Jaan_Tonisson_(Lasteleht), lk 203
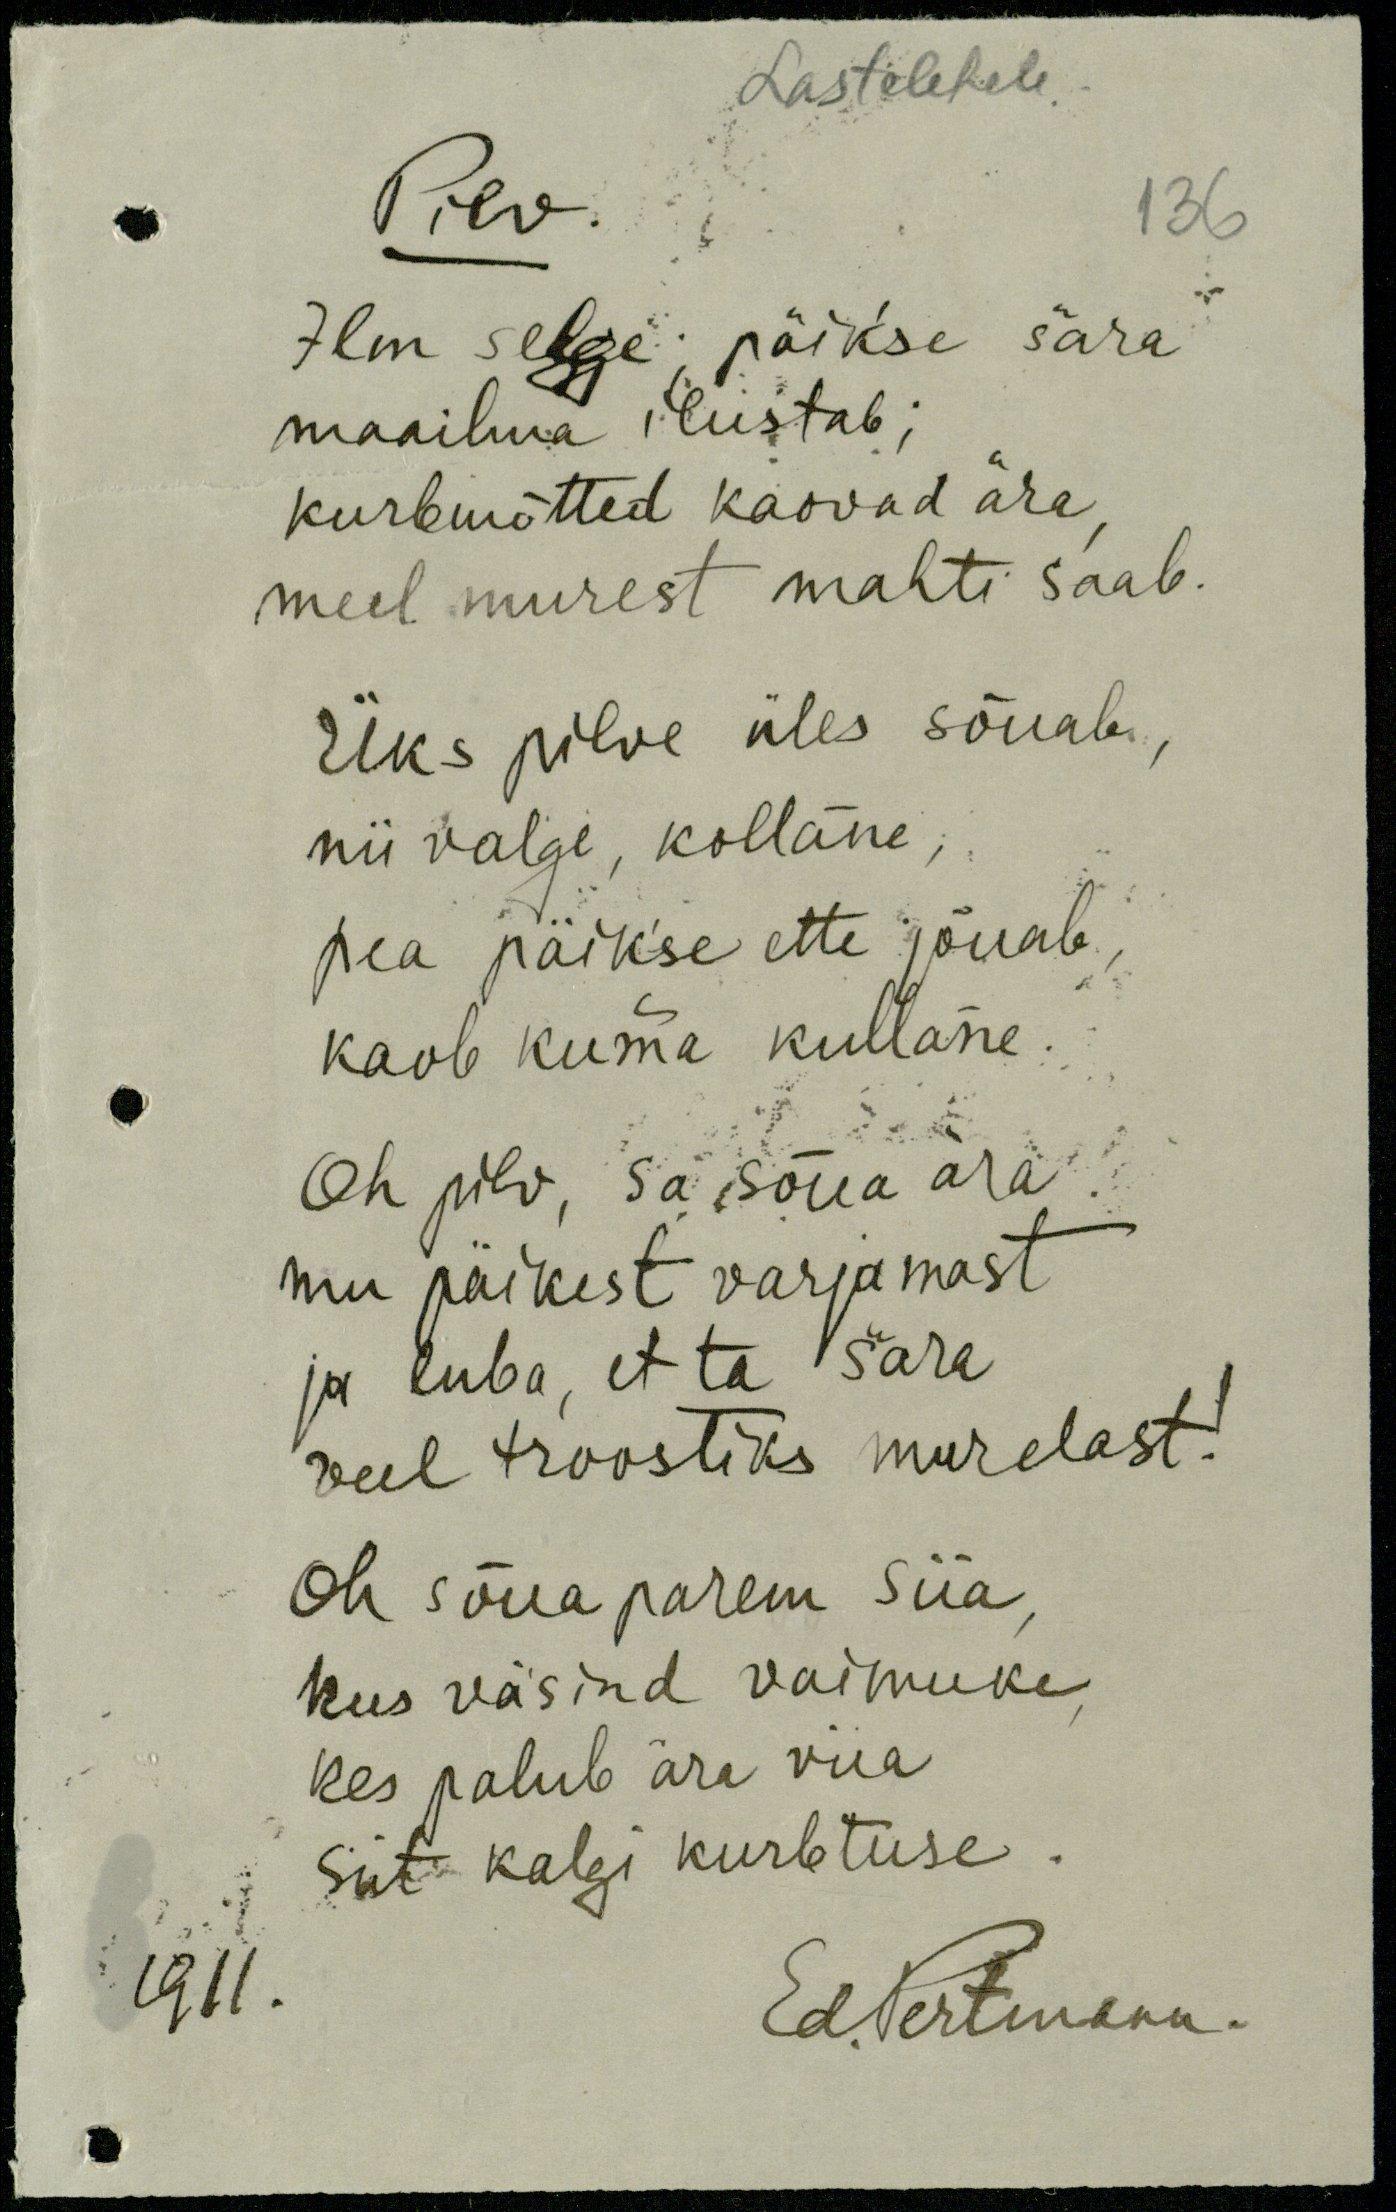
Lastelehele
Pilv.
136
Ilm selge; päik'se sära
maailma ilustab;
kurbmõtted kaovad ära
meel murest mahti saab.
Üks pilve üles sõuab,
nii valge, kollane,
pea päik'se ette jõuab,
kaob kuma kullane.
Oh pilv, sa sõna ära
mu päikest varjamast
ja luba, et ta sära
veel troostiks murelast!
Oh sõua parem siia,
kus väsind vaimuke
kes palub ära viia
siit kalgi kurbtuse.
1911.
Ed. Pertmann.